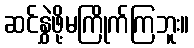
ဆင်နွှဲဖို့မကြိုက်ကြဘူး။